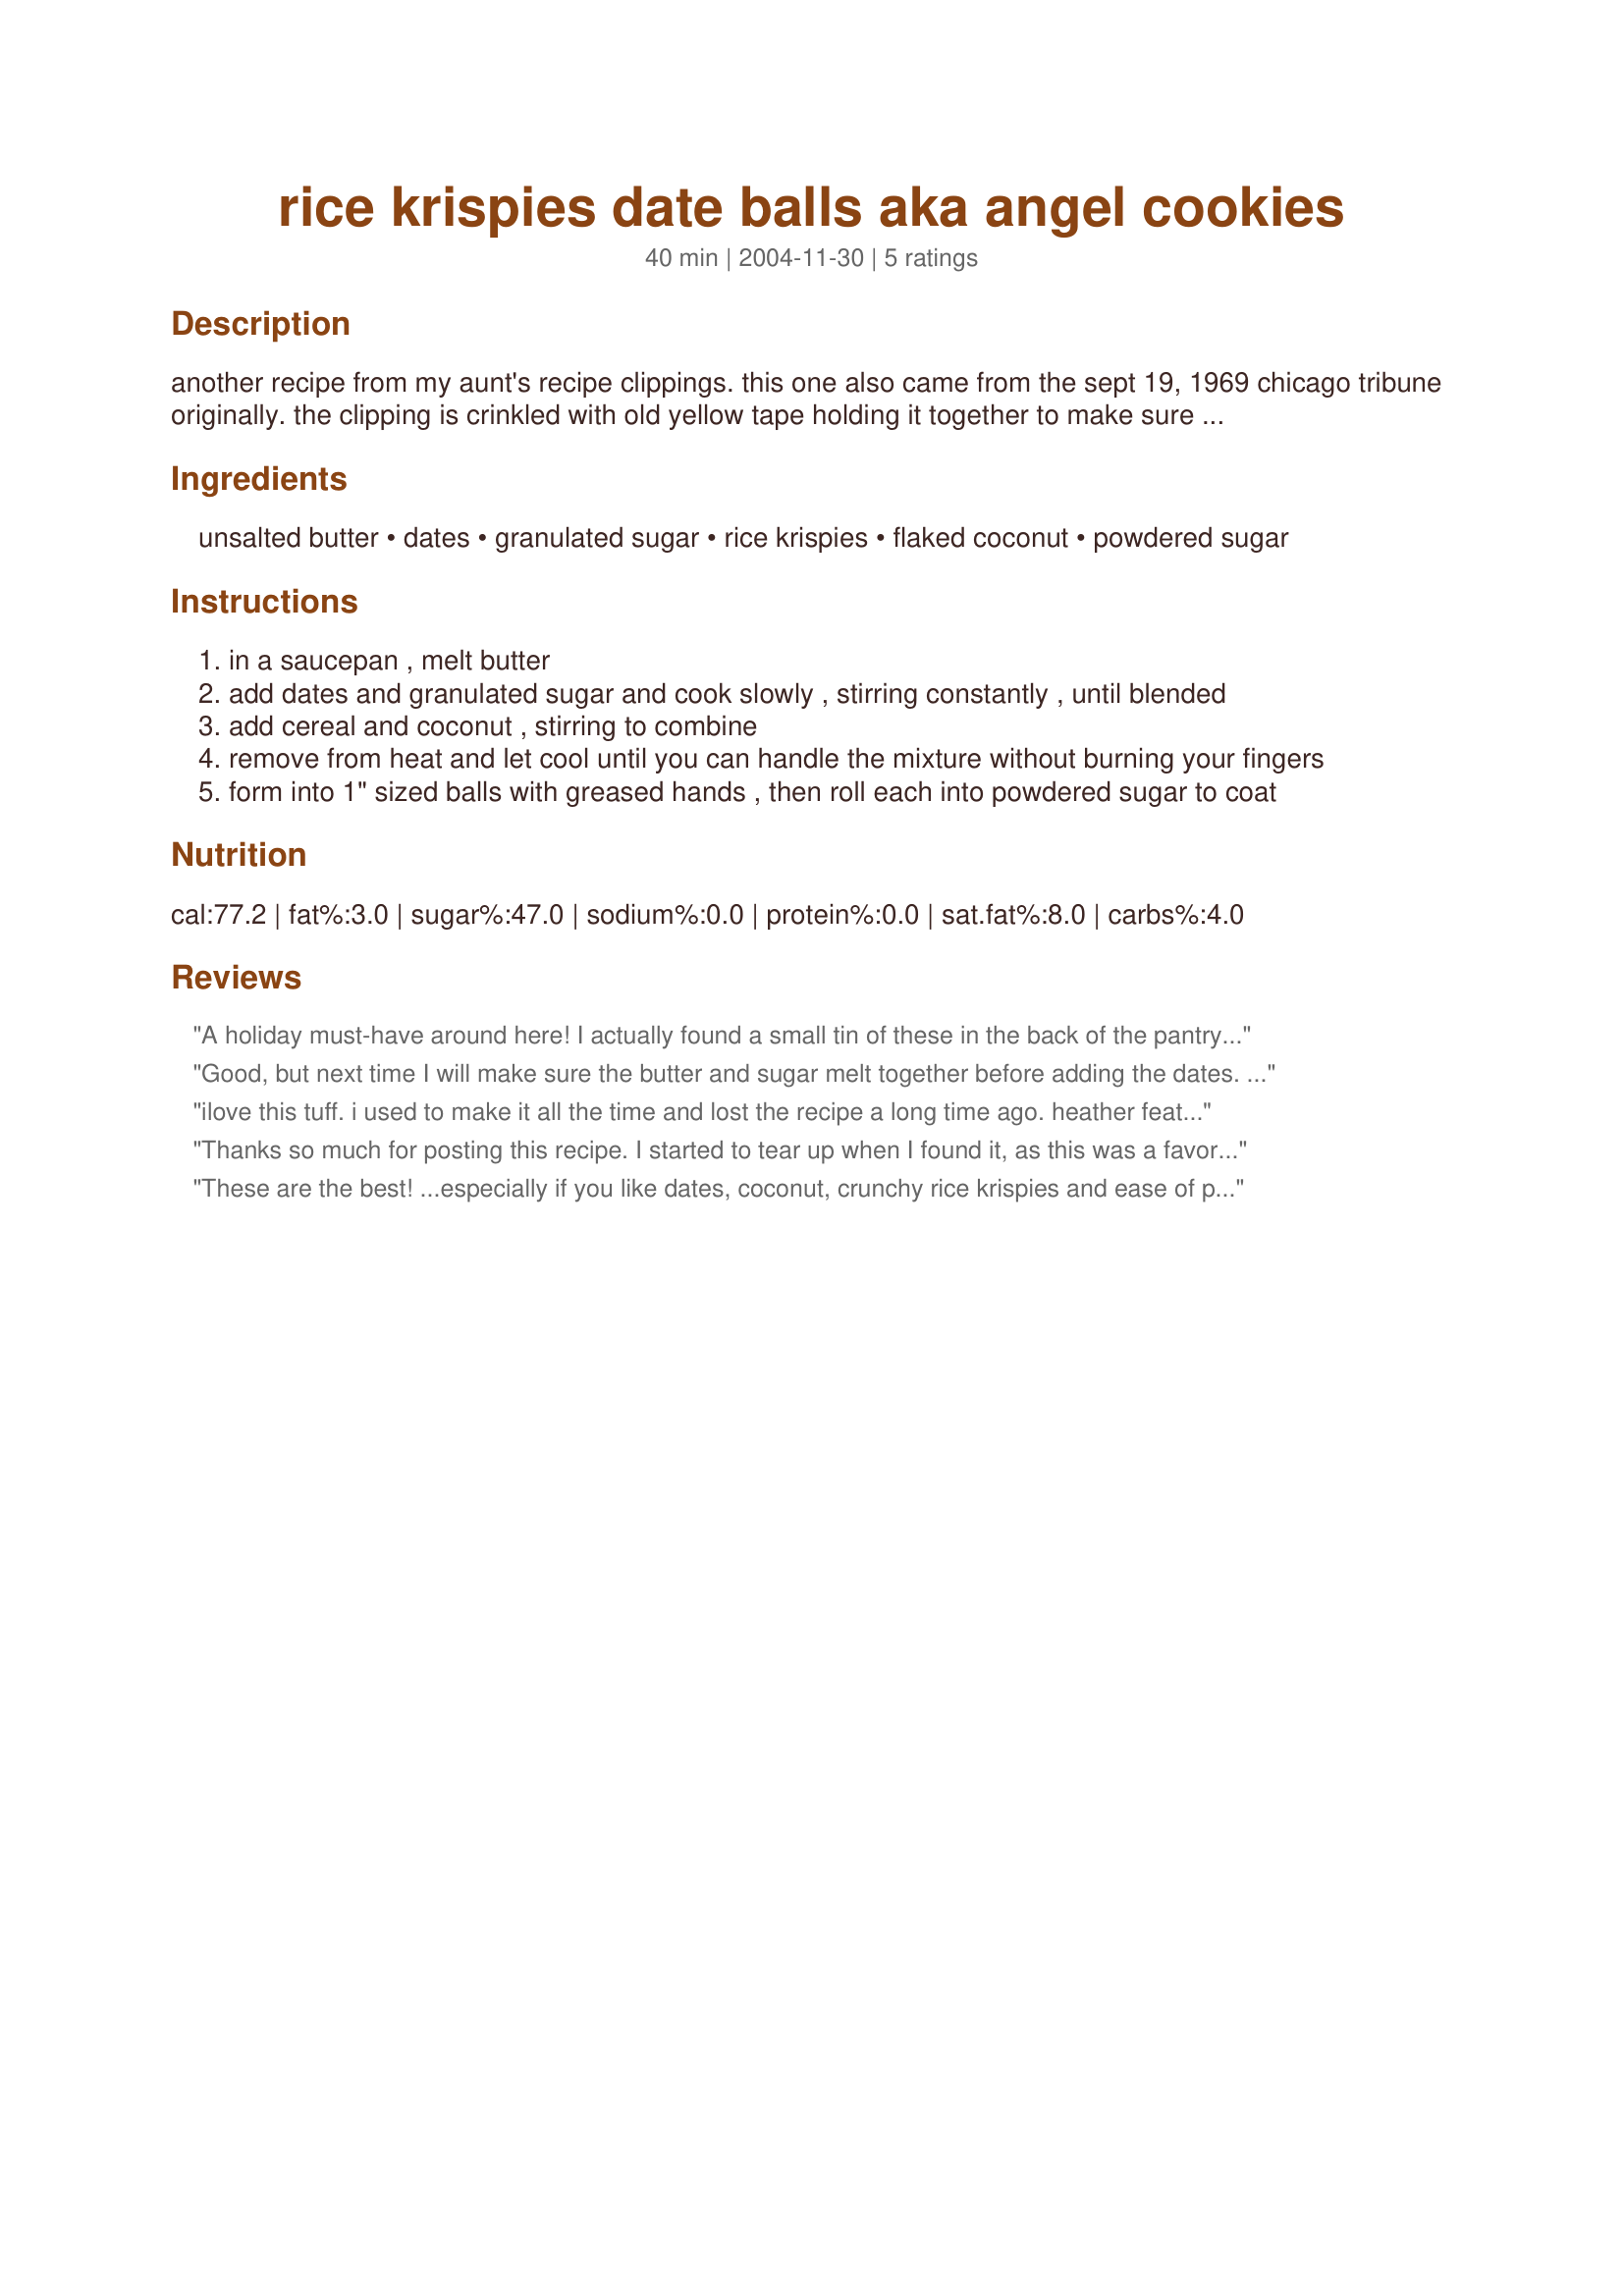
rice krispies date balls aka angel cookies
Preparation time: 40 minutes

another recipe from my aunt's recipe clippings. this one also came from the sept 19, 1969 chicago tribune originally. the clipping is crinkled with old yellow tape holding it together to make sure the recipes stayed intact. :) these are not like the typical angel cookies at all - they are little balls of dates, coconut, and rice krispies rolled in powdered. don't use the prechopped dates as they aren't sticky enough - buy the whole pitted dates and chop them yourself. also be sure to use the canned coconut..the kind that comes in bags is too dry and you will have a hard time getting the cookies to roll up otherwise.

Ingredients:
unsalted butter, dates, granulated sugar, rice krispies, flaked coconut, powdered sugar

Steps:
in a saucepan , melt butter
add dates and granulated sugar and cook slowly , stirring constantly , until blended
add cereal and coconut , stirring to combine
remove from heat and let cool until you can handle the mixture without burning your fingers
form into 1" sized balls with greased hands , then roll each into powdered sugar to coat

Reviews:
A holiday must-have around here! I actually found a small tin of these in the back of the pantry, left over from last year (must have been intended as a gift, then got lost?) and they were still wonderful! A little stale, obviously, but delicious. I suppose all the sugar acts as a preservative? Great recipe.
Good, but next time I will make sure the butter and sugar melt together before adding the dates. And I may use less sugar next time as well.
ilove this tuff. i used to make it all the time and lost the recipe a long time ago. heather feather i am so happy that you posted this recipe. yum, yum
Thanks so much for posting this recipe. <br/>I started to tear up when I found it, as this was a favoraite Xmas cookie that my mom used to make, and I had lost her recipe.<br/><br/>Wonderful and brings back so many nice memories. <br/><br/>Thanks a mill!
These are the best! ...especially if you like dates, coconut, crunchy rice krispies and ease of preparation! I first acquired this recipe and made them in junior high home economics class back home in WV... early 1960's! One exception... we called them 'Skillet Cookies' because we made them in an iron skillet. They are a favorite 'Christmas Cookie' in our family. Thanx, Irishbaker :)
